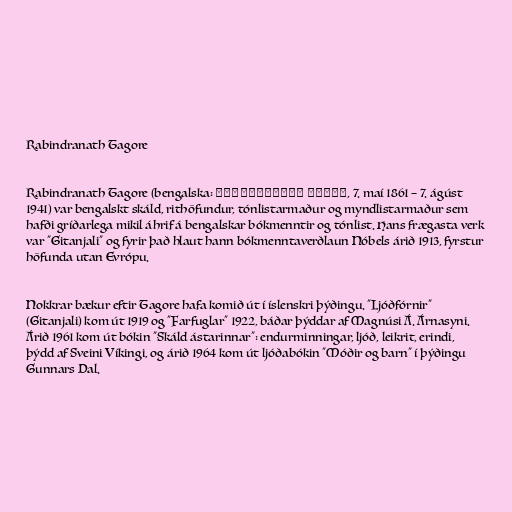
Rabindranath Tagore

Rabindranath Tagore (bengalska: রবীন্দ্রনাথ ঠাকুর, 7. maí 1861 – 7. ágúst
1941) var bengalskt skáld, rithöfundur, tónlistarmaður og myndlistarmaður sem
hafði gríðarlega mikil áhrif á bengalskar bókmenntir og tónlist. Hans frægasta verk
var "Gitanjali" og fyrir það hlaut hann bókmenntaverðlaun Nóbels árið 1913, fyrstur
höfunda utan Evrópu.

Nokkrar bækur eftir Tagore hafa komið út í íslenskri þýðingu. "Ljóðfórnir"
(Gitanjali) kom út 1919 og "Farfuglar" 1922, báðar þýddar af Magnúsi Á. Árnasyni.
Árið 1961 kom út bókin "Skáld ástarinnar": endurminningar, ljóð, leikrit, erindi,
þýdd af Sveini Víkingi, og árið 1964 kom út ljóðabókin "Móðir og barn" í þýðingu
Gunnars Dal.